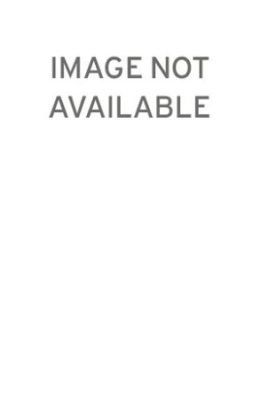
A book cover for Handling Hot Coffee; Dan Cox; Law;